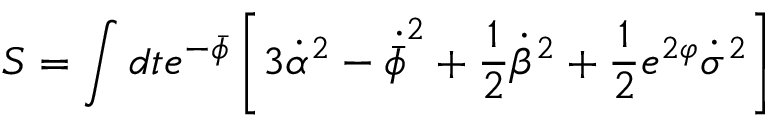
S = \int d t e ^ { - \bar { \phi } } \left[ 3 \dot { \alpha } ^ { 2 } - \dot { \bar { \phi } } ^ { 2 } + { \frac { 1 } { 2 } } \dot { \beta } ^ { 2 } + { \frac { 1 } { 2 } } e ^ { 2 \varphi } \dot { \sigma } ^ { 2 } \right]